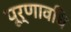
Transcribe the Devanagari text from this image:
पूर्णावधि